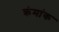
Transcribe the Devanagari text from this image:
क्रंमांक